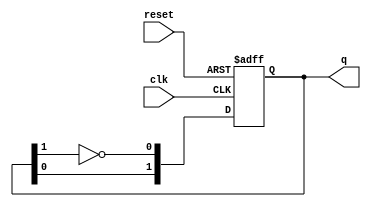
module JohnsonCounter #(parameter N = 2) (
    input wire clk,
    input wire reset,
    output reg [N-1:0] q
);

    // Internal signal to hold the feedback
    wire feedback;

    // Generate the feedback from the last flip-flop
    assign feedback = ~q[N-1];

    // Sequential logic for the Johnson Counter
    always @(posedge clk or posedge reset) begin
        if (reset) begin
            // Reset the counter to 0's
            q <= 'b0;
        end else begin
            // Shift the states according to Johnson counter logic
            q <= {q[N-2:0], feedback};
        end
    end

endmodule